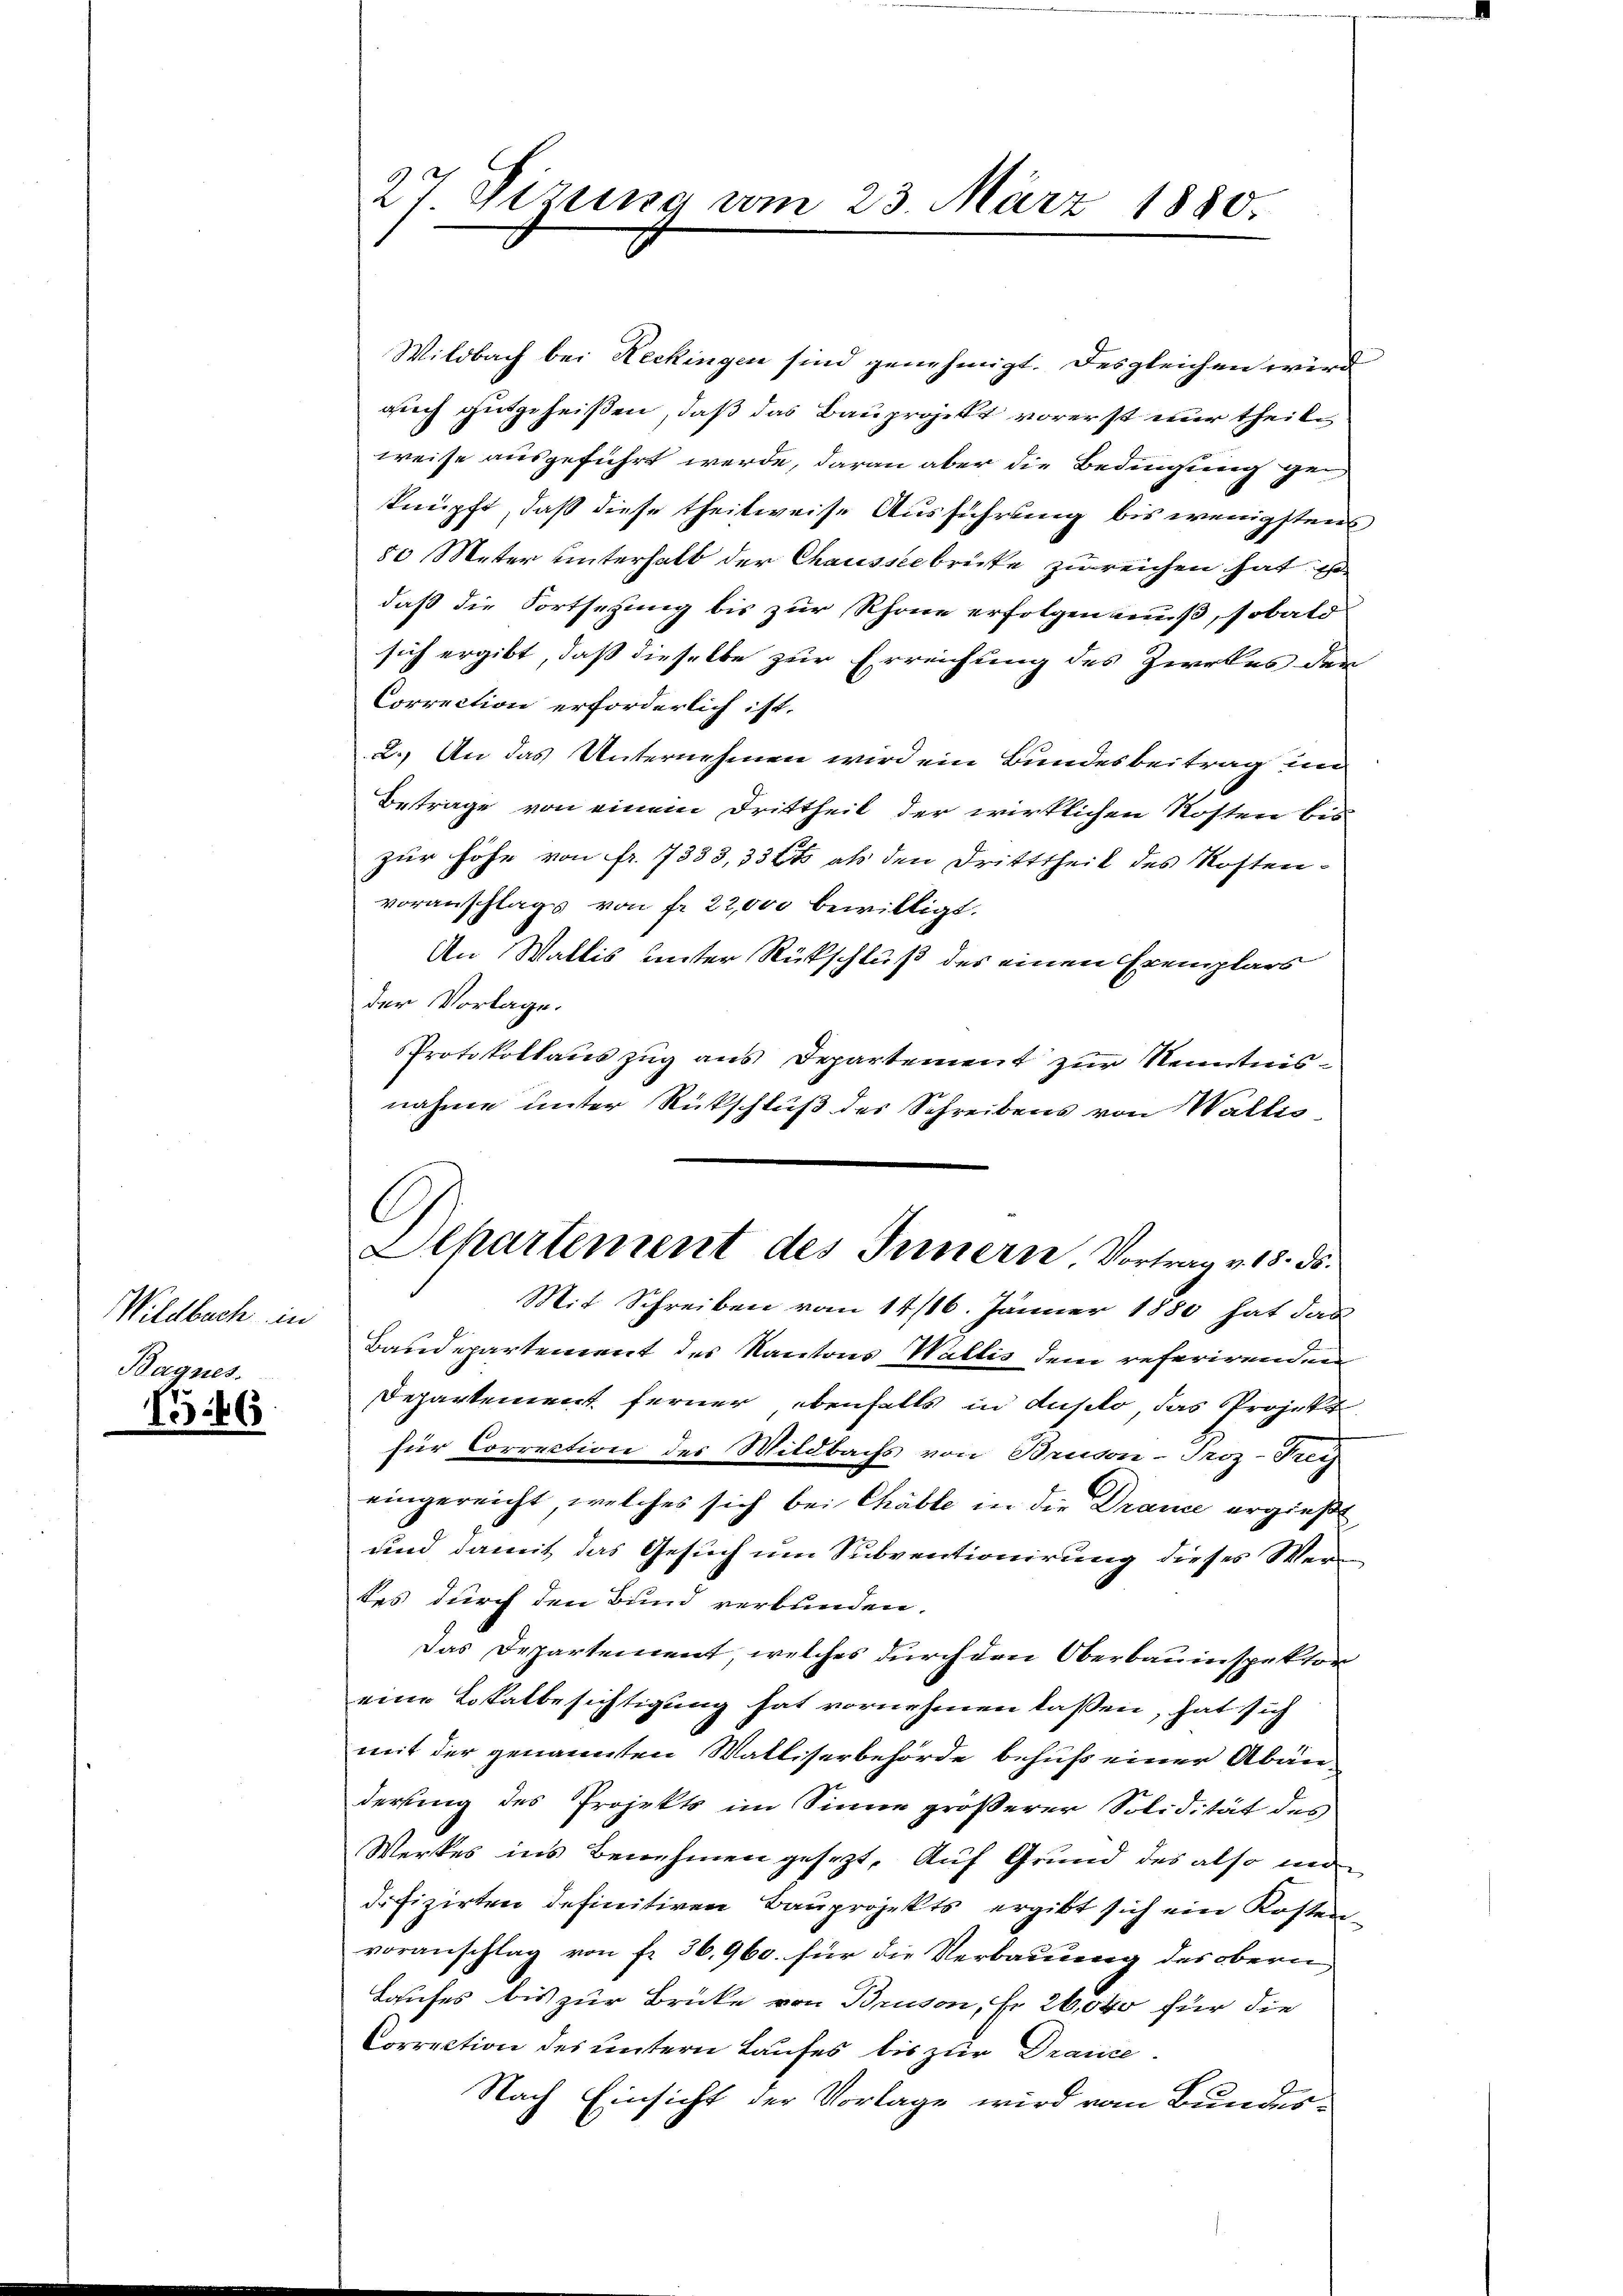
Wildbach in
Bagnes.

15.66

27 Sizung vom 23. März 1880.

Wildbach bei Reckingen sind genehmigt. Desgleichen wird
auch gutgeheißen, daß das Bauprojekt vorerst nur theil
weise ausgeführt werde, daran aber die Bedingung geknüpft, daß diese theilweise Ausführung bis wenigstens
50 Meter unterhalt der Chausserbrücke zureichen hat. Er
daß die Fortsezung bis zur Rhone erfolgen muß, sobald
sich ergibt, daß dieselbe zur Erreichung des Zirkes den
Correction erforderlich ist.
2. An das Unternehmen wird ein Bundesbeitrag in
Betrage von einem Drittheil der wirklichen Kosten bis
zur Höhe von fr. 7333, 336 als den Dritttheil des Kosten-
voranschlags von fr. 22,000 bewilligt.
An Wallis unter Rückschluß des einen Exemplars
der Vorlage.
Protokollauszug aus Departement zur Kenntnisnahme unter Rückschluß des Schreibens von Wallis
Mit Schreiben vom 14/16. Jänner 1880 hat das
Baudepartement des Kantons Wallis dem referirenden
Departement ferner, ebenfalls in Auslo, das Projekt
für Correction des Wildbachs von Bruson-Troz-Frei
eingereicht, welches sich bei Chäble in die Drance ergießt
und damit das Gesuch um Subventionirung dieses Wer
tes durch den Bund verbunden.
Das Departement, welches durch den Oberbauinspektor
eine Lokalbesichtigung hat vornehmen lassen, hat sich
mit der genannten Walliserbehörde behufs einer Abänderung des Projekts im Sinne größerer Solidität des
Werkes ins Benehmen gesezt. Auf Grund des also mi
difizirten definitiven Bauprojekts ergibt sich ein Kosten
voranschlag von fr. 36,960. für die Verbauung des obern
Laufes bis zur Brücke von Bruson, Fr. 26,000 für die
Correction des untern Laufes bis zur Drance
Nach Einsicht der Vorlage wird vom Bundes¬

Departement des Innern, Vortrag v. 18. ds.